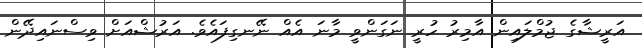
އަރީޝާގެ ޖުމްލައިން އާމިރު ހުރީ ނަގަންވީ މާނަ އެއް ނޭނގިފައެވެ. އަރުޝްއަށް ވިސްނައިދޭން